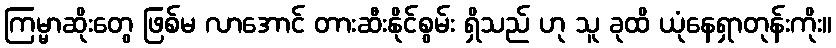
ကြမ္မာဆိုးတွေ ဖြစ်မ လာအောင် တားဆီးနိုင်စွမ်း ရှိသည် ဟု သူ ခုထိ ယုံနေရှာတုန်းကိုး။